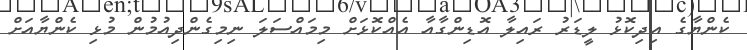
ކެންޔާގެ އިދިކޮޅު ލީޑަރު ރައިލާ އޮޑިންގާއާ އެއްކޮޅަށް މިމައްސަލަ ނިމިގެންދިއުމުން މުޅި ކެންޔާއަށް